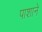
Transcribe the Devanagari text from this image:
पाशाने